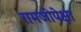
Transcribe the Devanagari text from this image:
रामजीपेक्षा